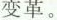
变革。